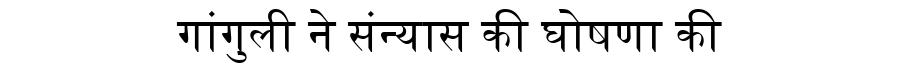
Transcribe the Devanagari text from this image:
गांगुली ने संन्यास की घोषणा की